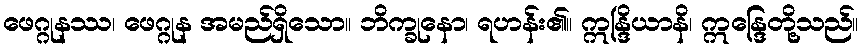
ဖေဂ္ဂုနဿ၊ ဖေဂ္ဂုန အမည်ရှိသော။ ဘိက္ခုနော၊ ရဟန်း၏။ ဣန္ဒြိယာနိ၊ ဣန္ဒြေတို့သည်။